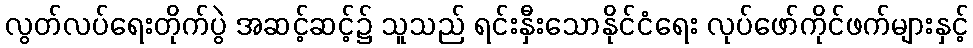
လွတ်လပ်ရေးတိုက်ပွဲ အဆင့်ဆင့်၌ သူသည် ရင်းနှီးသောနိုင်ငံရေး လုပ်ဖော်ကိုင်ဖက်များနှင့်